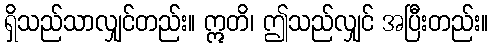
ရှိသည်သာလျှင်တည်း။ ဣတိ၊ ဤသည်လျှင် အပြီးတည်း။